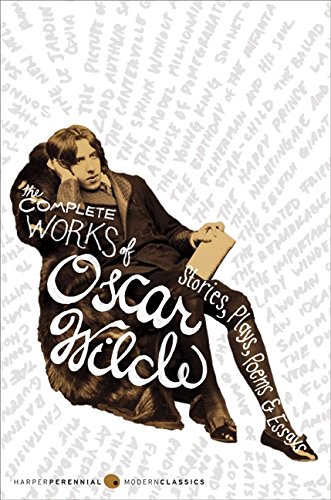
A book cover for The Complete Works of Oscar Wilde: Stories, Plays, Poems & Essays; Oscar Wilde; Literature & Fiction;